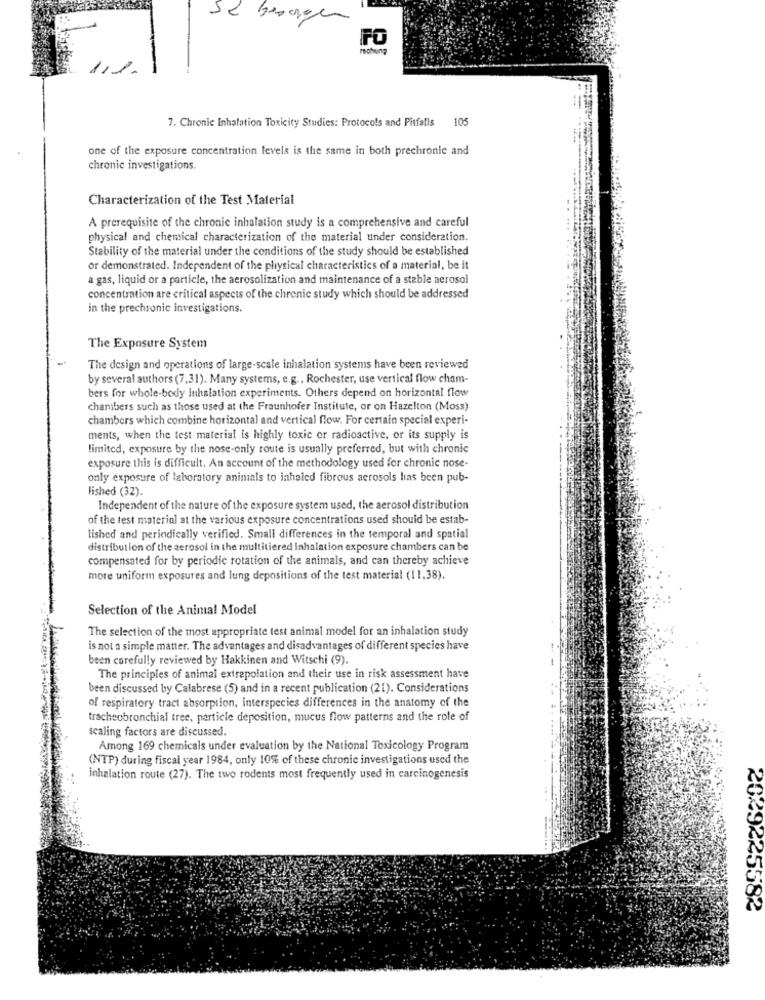
Se besorgen
1.
1.
7. Chronic Inhalation Toxicity Studies: Protocols and Pitfalls
105
one of the exposure concentration levels is the same in both prechronic and
chronic investigations.
Characterization of the Test Material
A prerequisite of the chronic inhalation study is a comprehensive and careful
physical and chemical characterization of the material under consideration.
Stability of the material under the conditions of the study should be established
or demonstrated. Independent of the physical characteristics of a material, be it
a gas, liquid or a particle, the aerosolization and maintenance of a stable aerosol
concentration are critical aspects of the chronic study which should be addressed
in the prechronic investigations.
The Exposure System
The design and operations of large-scale inhalation systems have been reviewed
by several authors (7,31). Many systems, e.g ., Rochester, use vertical flow cham-
bers for whole-body inhalation experiments. Others depend on horizontal flow
chambers such as those used at the Fraunhofer Institute, or on Hazelton (Moss)
chambers which combine horizontal and vertical flow. For certain special experi-
ments, when the test material is highly toxic or radioactive, or its supply is
limited, exposure by the nose-only route is usually preferred, but with chronic
exposure this is difficult. An account of the methodology used for chronic nose-
only exposure of laboratory animals to inhaled fibrous aerosols has been pub-
lished (32).
Independent of the nature of the exposure system used, the aerosol distribution
of the test material at the various exposure concentrations used should be estab-
lished and periodically verified. Small differences in the temporal and spatial
distribution of the aerosol in the multitiered inhalation exposure chambers can be
compensated for by periodic rotation of the animals, and can thereby achieve
more uniform exposures and lung depositions of the test material (11,38).
Selection of the Animal Model
The selection of the most appropriate test animal model for an inhalation study
is not a simple matter. The advantages and disadvantages of different species have
been carefully reviewed by Hakkinen and Witschi (9).
The principles of animal extrapolation and their use in risk assessment have
been discussed by Calabrese (5) and in a recent publication (21). Considerations
of respiratory tract absorption, interspecies differences in the anatomy of the
tracheobronchial tree, particle deposition, mucus flow patterns and the role of
scaling factors are discussed.
Among 169 chemicals under evaluation by the National Toxicology Program
(NTP) during fiscal year 1984, only 10% of these chronic investigations used the
inhalation route (27). The two rodents most frequently used in carcinogenesis
2029225582